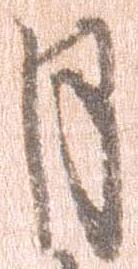
月